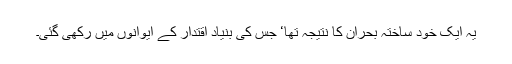
یہ ایک خود ساختہ بحران کا نتیجہ تھا‘ جس کی بنیاد اقتدار کے ایوانوں میں رکھی گئی۔